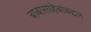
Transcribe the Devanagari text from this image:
बाबासाहेबांबद्दल